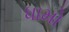
ધામો